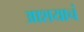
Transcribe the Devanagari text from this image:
आशयाचं